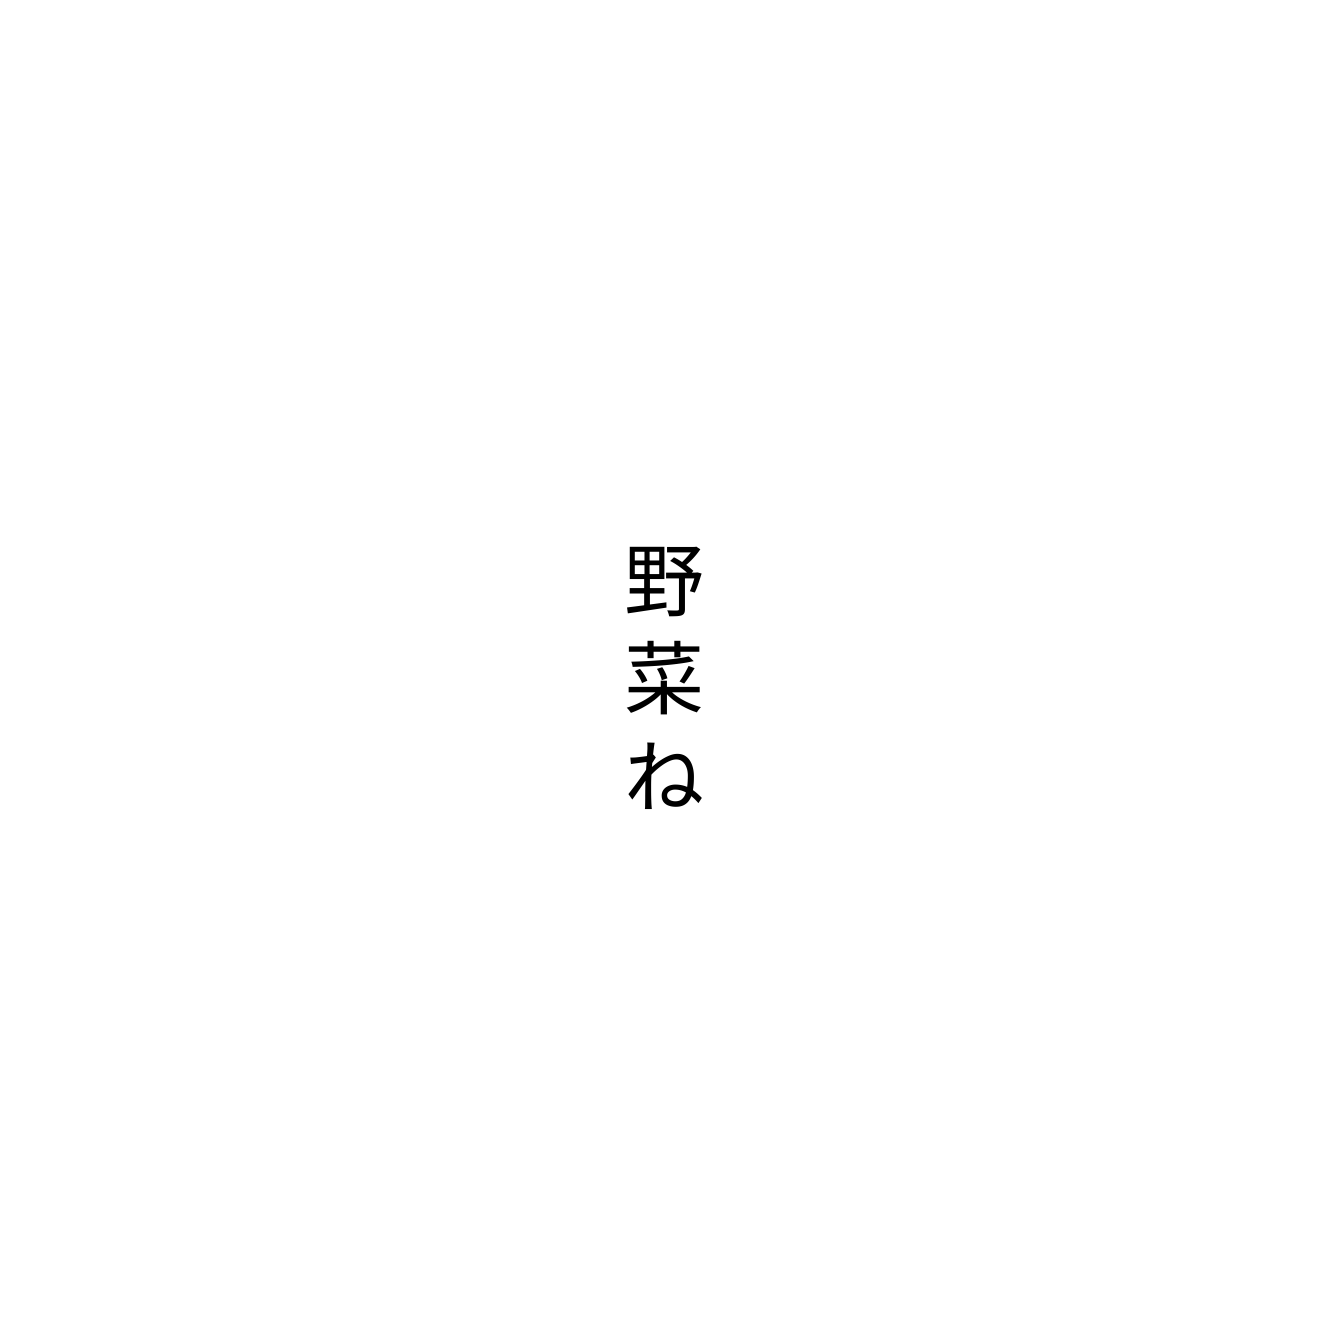
野菜ね